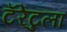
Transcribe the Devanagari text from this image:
टॅरेंटुला